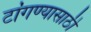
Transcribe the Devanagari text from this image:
टांगण्यासाठी